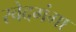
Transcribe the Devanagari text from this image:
स्वेदगंगा